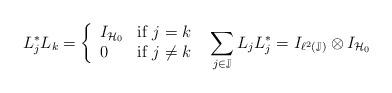
LaTeX: \begin{align*} L_j^*L_k =\left\{\begin{array}{ll}I_{\mathcal{H}_0 } & \mbox{if } j=k \\0 & \mbox{if } j\neq k\end{array}\right.~ \sum\limits_{j\in \mathbb{J}} L_jL_j^*=I_{\ell^2(\mathbb{J})}\otimes I_{\mathcal{H}_0} \end{align*}